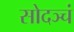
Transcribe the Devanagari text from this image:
सोदञ्चं